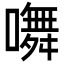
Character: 𭋩